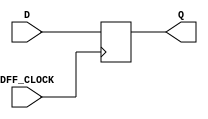
`timescale 1ns / 1ps
//////////////////////////////////////////////////////////////////////////////////
// Company: 
// Engineer: 
// 
// Design Name: 
// Module Name: my_dff
// Project Name: 
// Target Devices: 
// Tool Versions: 
// Description: 
// 
// Dependencies: 
// 
// Revision:
// Revision 0.01 - File Created
// Additional Comments:
// 
//////////////////////////////////////////////////////////////////////////////////

module my_dff(
    input DFF_CLOCK,
    D,
    output reg Q = 0
    );
    
    always @ (posedge DFF_CLOCK) begin
        Q <= D;
    end
 endmodule